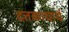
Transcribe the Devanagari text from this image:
दत्तकाचार्य